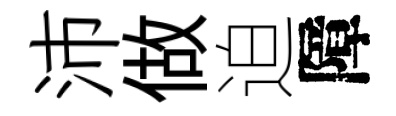
沛做迫障